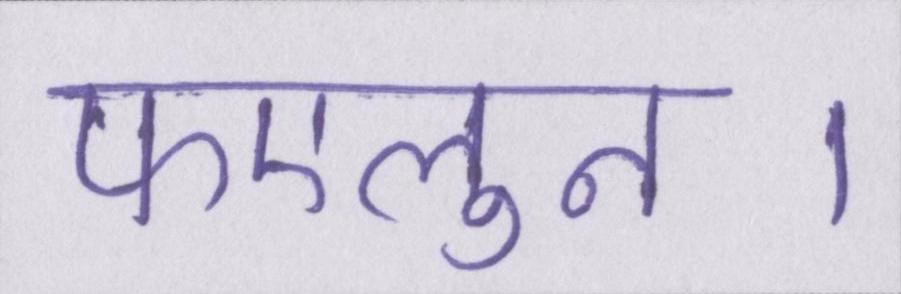
फएलुन।